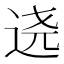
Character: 𰺷